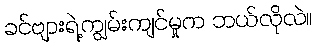
ခင်ဗျားရဲ့ကျွမ်းကျင်မှုက ဘယ်လိုလဲ။